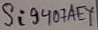
Text: Si9407AEY